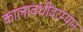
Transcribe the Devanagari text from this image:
कालावधीदरम्यान